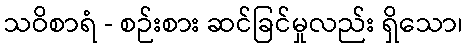
သဝိစာရံ - စဉ်းစား ဆင်ခြင်မှုလည်း ရှိသော၊